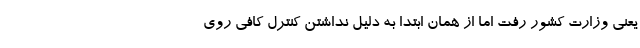
یعنی وزارت کشور رفت اما از همان ابتدا به دلیل نداشتن کنترل کافی روی